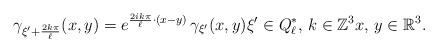
LaTeX: \begin{align*}\gamma_{\xi'+\frac{2k\pi}{\ell}}(x,y)=e^{\frac{2ik\pi}{\ell}\cdot(x-y)}\,\gamma_{\xi'}(x,y)\xi'\in Q_\ell^*, \, k\in \mathbb{Z}^3 x,\,y\in \mathbb{R}^3.\end{align*}